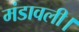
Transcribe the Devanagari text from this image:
मंडावली।